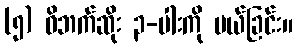
(၅) ဝိဘက်ဆိုး ၃-ပါးကို ပယ်ခြင်း။